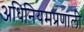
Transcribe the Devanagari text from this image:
अधिनियमप्रणाली